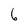
Character: 6